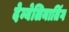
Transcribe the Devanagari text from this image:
देम्येलिनातिंग